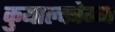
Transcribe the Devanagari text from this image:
कुयाल्कोम्म